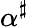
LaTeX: \alpha^{\sharp}